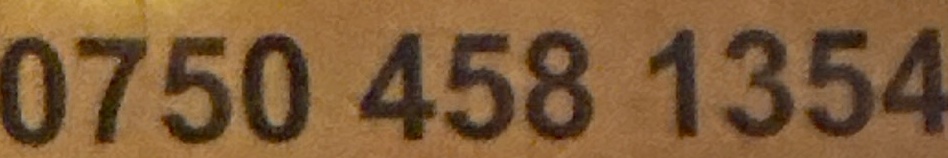
0750 458 1354